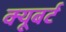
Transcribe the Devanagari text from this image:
क्यूबर्ट